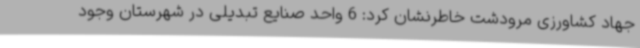
جهاد کشاورزی مرودشت خاطرنشان کرد: 6 واحد صنایع تبدیلی در شهرستان وجود